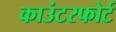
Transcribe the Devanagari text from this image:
काउंटरफोर्ट